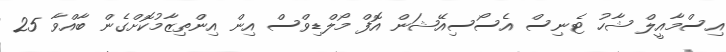
އިސްމާއީލް ޝާހު ޓެނިސް އެސޯސިއޭޝަން އޮފް މޯލްޑިވްސް އިން އިންތިޒާމުކޮށްގެން ބާއްވާ 25